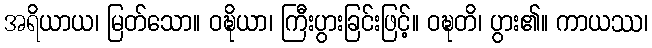
အရိယာယ၊ မြတ်သော။ ဝဍ္ဎိယာ၊ ကြီးပွားခြင်းဖြင့်။ ဝဍ္ဎတိ၊ ပွား၏။ ကာယဿ၊